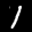
Label: 1